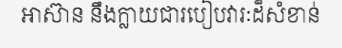
អាស៊ាន នឹងក្លាយជារបៀបវារៈដ៏សំខាន់